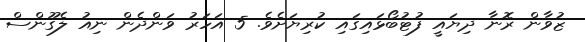
ޒުވާން ރޮނާ ދިޔައީ ފުޓުބޯޅައިގައި ކުރިޔަށެވެ. 5 އަހަރު ވަންދެން ނިއު ލެގޫންސް